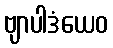
ဗျာပါဒံယေဝ